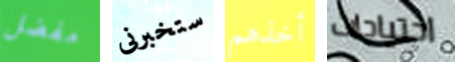
مفضل ستخبرنى أخذهم احتياجات